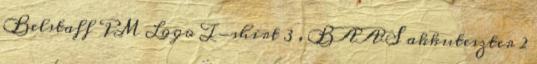
Belstaff PM Logo T-shirt 3 , BAAS akkuteszter 2